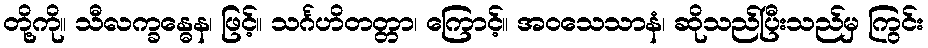
တို့ကို။ သီလက္ခန္ဓေန၊ ဖြင့်။ သင်္ဂဟိတတ္တာ၊ ကြောင့်။ အဝသေသာနံ၊ ဆိုသည်ပြီးသည်မှ ကြွင်း